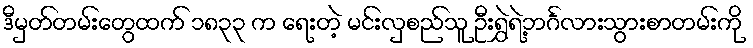
ဒီမှတ်တမ်းတွေထက် ၁၈၃၃ က ရေးတဲ့ မင်းလှစည်သူ ဦးရွှဲရဲ့ဘင်္ဂလားသွားစာတမ်းကို